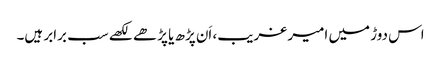
اس دوڑ میں امیر غریب، اَن پڑھ یا پڑھے لکھے سب برابر ہیں۔